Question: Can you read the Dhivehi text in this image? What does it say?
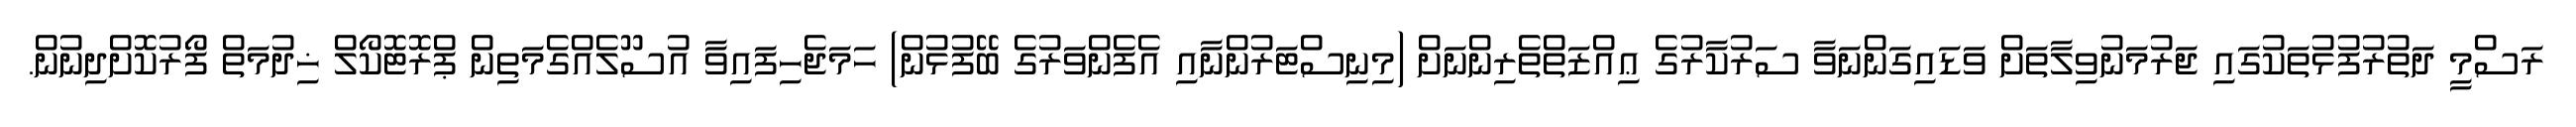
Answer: ރަސްމީ ދަތުރުފުޅުތަކުގައި ޖަރުމަނުވިލާތަށް ވަޑައިގަންނަވާ ސަރުކާރުގެ ޢިއްޒަތްތެރިންނަށް (މިނިސްޓަރުންނާއި އެފެންވަރުގެ ބޭފުޅުން) ހަމަޖެހިފައިވާ އުސޫލެއްގެމަތިން ޕްރޮޓޮކޯލް ޚިދުމަތް ފޯރުކޮށްދިނުން.